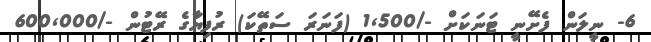
6- ނީލަން ފެށޭނީ ޓަނަކަށް -/1